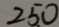
2 5 0